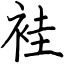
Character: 袿